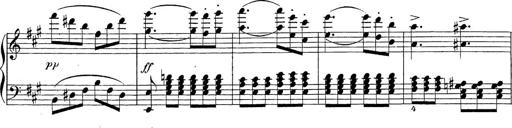
Title: Sonatina Album
Composer: Louis KÃ¶hler